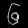
Digit: ၆